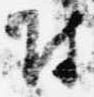
付